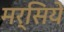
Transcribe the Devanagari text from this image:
मर्सिये